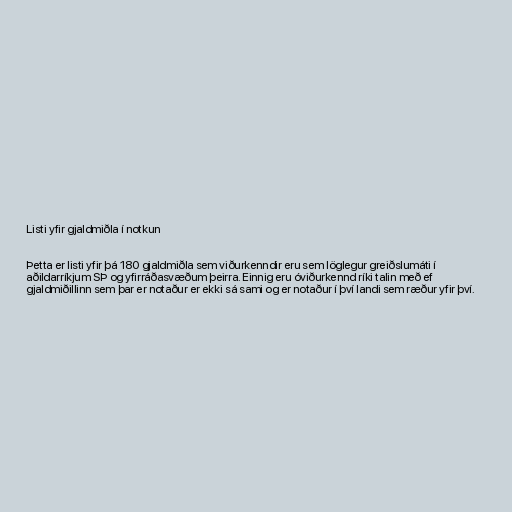
Listi yfir gjaldmiðla í notkun

Þetta er listi yfir þá 180 gjaldmiðla sem viðurkenndir eru sem löglegur greiðslumáti í
aðildarríkjum SÞ og yfirráðasvæðum þeirra. Einnig eru óviðurkennd ríki talin með ef
gjaldmiðillinn sem þar er notaður er ekki sá sami og er notaður í því landi sem ræður yfir því.